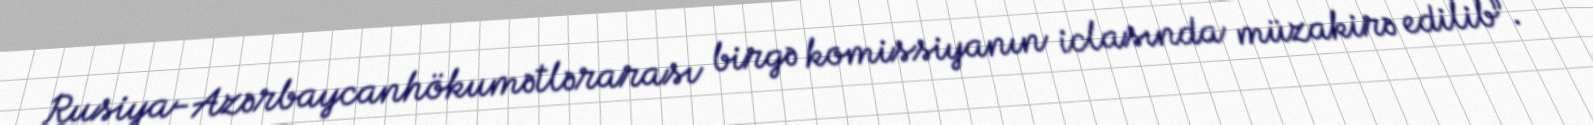
Rusiya-Azərbaycanhökumətlərarası birgə komissiyanın iclasında müzakirə edilib”.